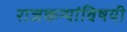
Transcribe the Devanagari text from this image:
राजकन्यांविषयी